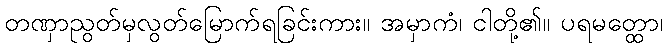
တဏှာညွတ်မှလွတ်မြောက်ရခြင်းကား။ အမှာကံ၊ ငါတို့၏။ ပရမတ္ထော၊